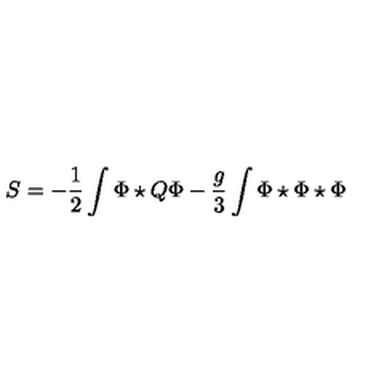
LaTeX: S = - \frac { 1 } { 2 } \int \Phi \star Q \Phi - \frac { g } { 3 } \int \Phi \star \Phi \star \Phi